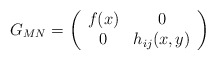
\begin{align*}G_{MN}=\left( \begin{array}{cc}f(x)& 0 \\ 0& h_{ij}(x,y)\end{array}\right)\end{align*}